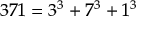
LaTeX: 3 7 1 = 3 ^ { 3 } + 7 ^ { 3 } + 1 ^ { 3 }